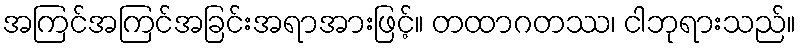
အကြင်အကြင်အခြင်းအရာအားဖြင့်။ တထာဂတဿ၊ ငါဘုရားသည်။